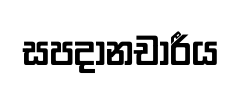
සපදානචාරීය